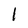
Character: l